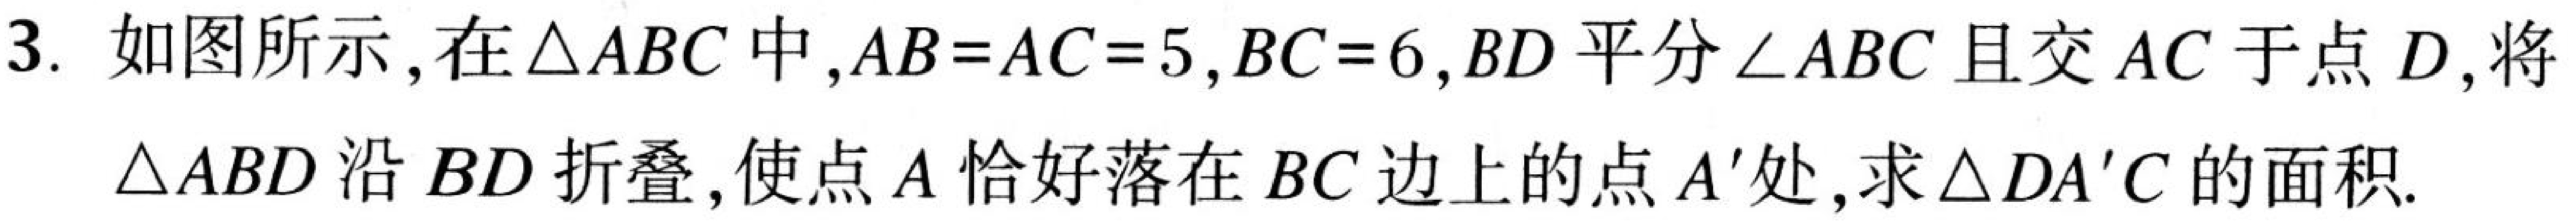
3. 如图所示, 在\(\triangle ABC\)中, \(AB = AC = 5\), \(BC = 6\), \(BD\)平分\(\angle ABC\)且交\(AC\)于点\(D\), 将\(\triangle ABD\)沿\(BD\)折叠, 使点\(A\)恰好落在\(BC\)边上的点\(A'\)处, 求\(\triangle DA'C\)的面积.